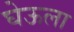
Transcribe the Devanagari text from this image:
घेऊला